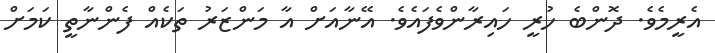
އެރީމެވެ. ދޮންބެ ހުރީ ހައިރާންވެފައެވެ. އޭނާއަށް އާ މަންޒަރު ތަކެއް ފެންނާތީ ކަމަށް